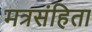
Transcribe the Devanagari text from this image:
मत्रसंहिता